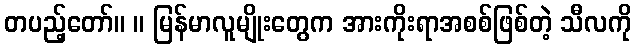
တပည့်တော်။ ။ မြန်မာလူမျိုးတွေက အားကိုးရာအစစ်ဖြစ်တဲ့ သီလကို